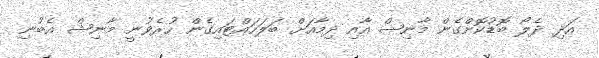
އަދި ދެލޯ ބޮޑުކޮށްގެން މާނިޝް އާއި ދިމާއަށް ބަލަހައްޓައިގެން ހުރެވުނީ މާނިޝް އެބުނި